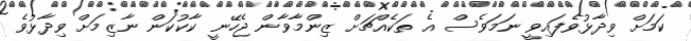
ކަމަށް ވިދާޅުވެފައިވީ ނަމަވެސް އެ ތަކެއްޗަށް ޒިންމާވާން ޖެހޭނީ ކާކުކަން ނާޒިމަށް ވިދާޅުވެ